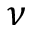
\nu